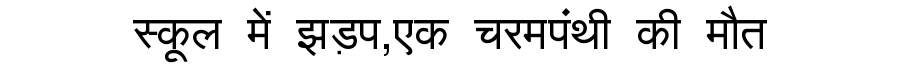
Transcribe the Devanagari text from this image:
स्कूल में झड़प,एक चरमपंथी की मौत